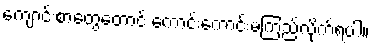
ကျောင်းစာတွေတောင် ကောင်းကောင်းမကြည့်လိုက်ရပါ။